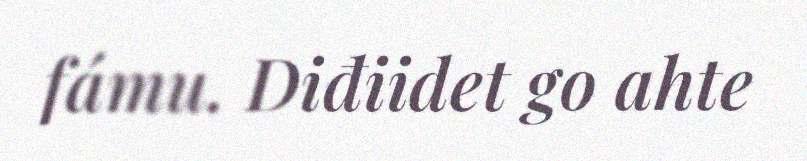
fámu. Diđiidet go ahte